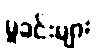
မှုခင်းများ